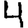
Digit: 4